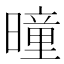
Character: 曈